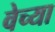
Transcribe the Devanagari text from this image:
वेच्या